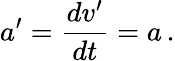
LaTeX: a^{\prime}={\frac{dv^{\prime}}{dt}}=a\, .